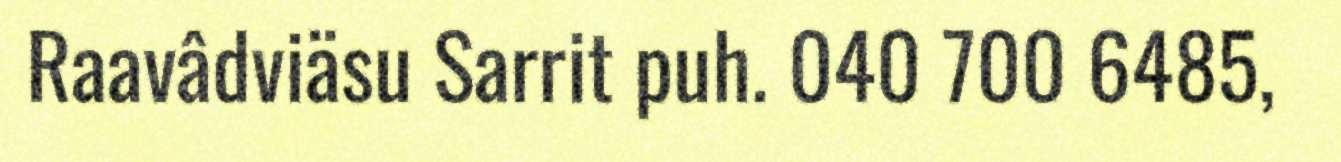
Raavâdviäsu Sarrit puh. 040 700 6485,